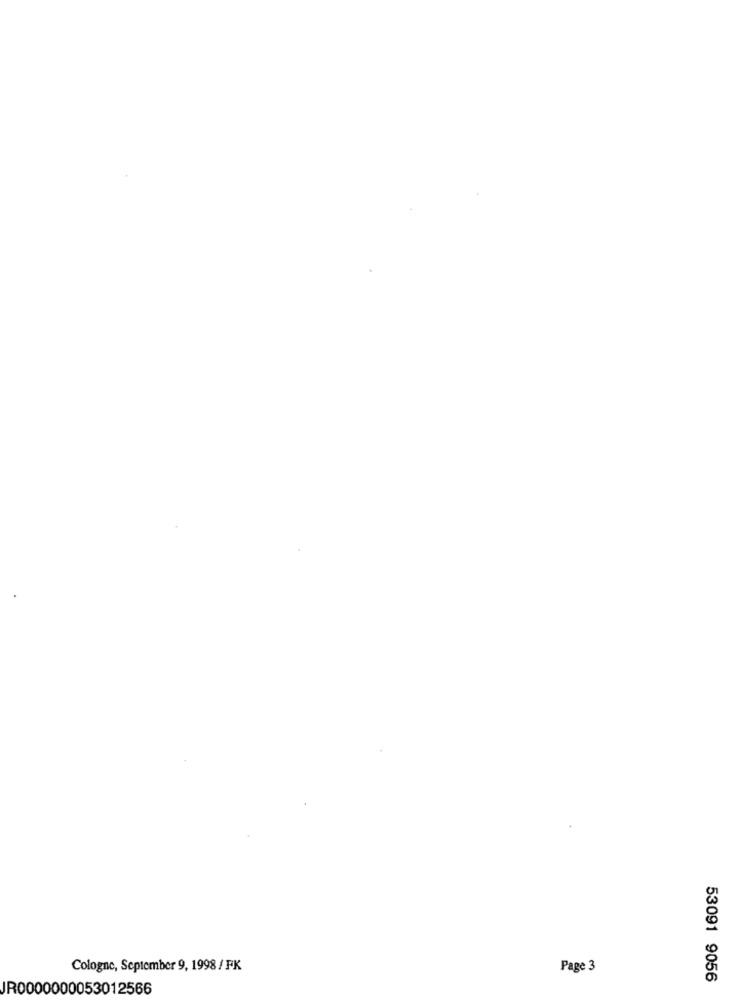
Cologne, September 9, 1998 / FK
Page 3
53091 9056
JR0000000053012566